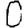
Digit: 0